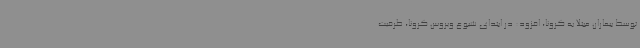
توسط بیماران مبتلا به کرونا، افزود: در ابتدای شیوع ویروس کرونا، ظرفیت